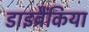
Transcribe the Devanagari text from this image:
डाइब्रैंकिया